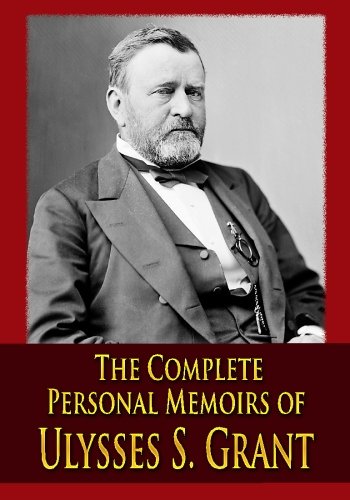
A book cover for The Complete Personal Memoirs of Ulysses S. Grant; Ulysses S. Grant; Biographies & Memoirs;